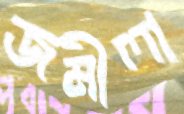
জমীলা